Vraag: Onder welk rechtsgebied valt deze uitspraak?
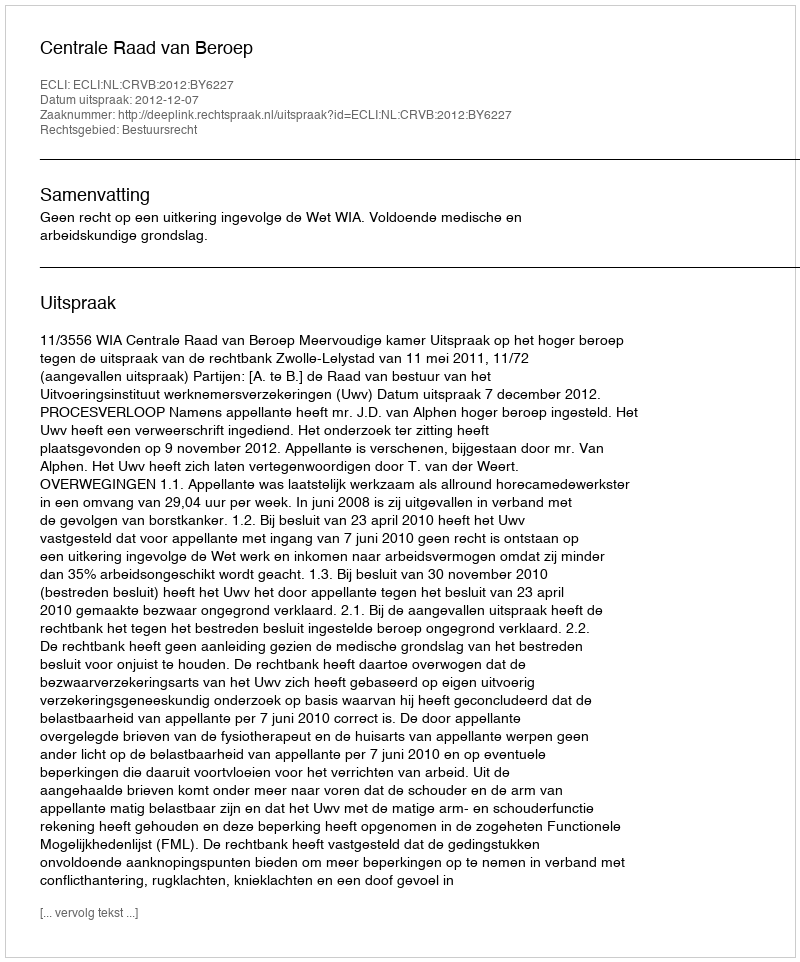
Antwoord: Bestuursrecht